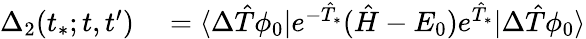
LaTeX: \begin{array}{rl}{\Delta_{2}(t_{*};t,t^{\prime})}&{{}=\langle\Delta\hat{T}\phi_{0}|e^{-\hat{T}_{*}}(\hat{H}-E_{0})e^{\hat{T}_{*}}|\Delta\hat{T}\phi_{0}\rangle}\end{array}